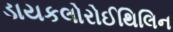
ડાયકલોરોઈથિલિન